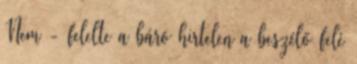
Nem - felelte a báró hirtelen a beszélő felé